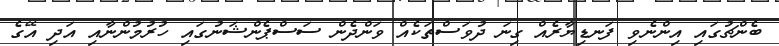
ބެންޗުގައި އިންނެވި ފަނޑިޔާރެއް ގިނަ ދުވަސްތަކެއް ވަންދެން ސަސްޕެންޝަނުގައި ހުރުމުންނާއި އަދި އޭގެ